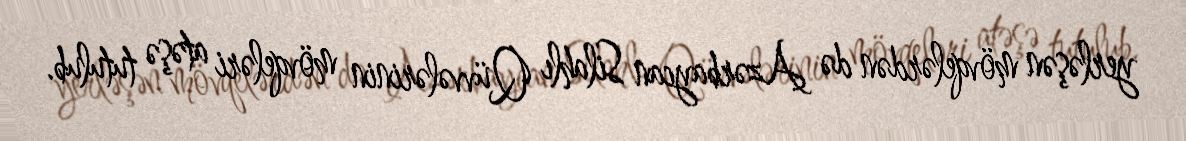
yerləşən mövqelərdən də Azərbaycan Silahlı Qüvvələrinin mövqeləri atəşə tutulub.